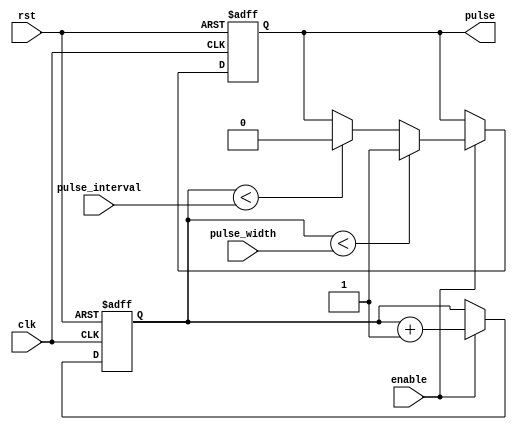
module pulse_generator (
    input wire clk,
    input wire rst,
    input wire enable,
    input wire [7:0] pulse_width,
    input wire [7:0] pulse_interval,
    output reg pulse
);

reg [15:0] count;

always @ (posedge clk or posedge rst) begin
    if (rst) begin
        count <= 0;
        pulse <= 0;
    end else begin
        if (enable) begin
            if (count < pulse_width) begin
                pulse <= 1;
            end else if (count < pulse_interval) begin
                pulse <= 0;
            end else begin
                count <= 0;
            end
            count <= count + 1;
        end
    end
end

endmodule